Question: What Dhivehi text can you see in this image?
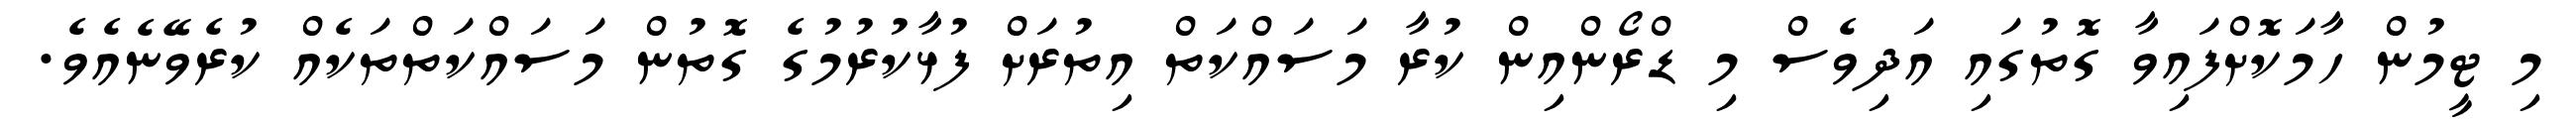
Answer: މި ޓީމުން ހާމަކޮށްފައިވާ ގޮތުގައި އަދިވެސް މި ޑްރޯންއިން ކުރާ މަސައްކަތް އިތުރަށް ފުޅާކުރުމުގެ ގޮތުން މަސައްކަތްތަކެއް ކުރެވޭނެއެވެ.